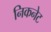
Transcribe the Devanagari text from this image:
निकनेट